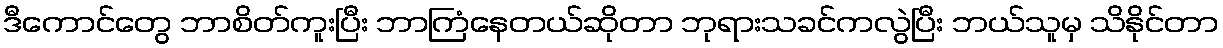
ဒီကောင်တွေ ဘာစိတ်ကူးပြီး ဘာကြံနေတယ်ဆိုတာ ဘုရားသခင်ကလွဲပြီး ဘယ်သူမှ သိနိုင်တာ